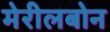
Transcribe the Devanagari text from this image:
मेरीलबोन